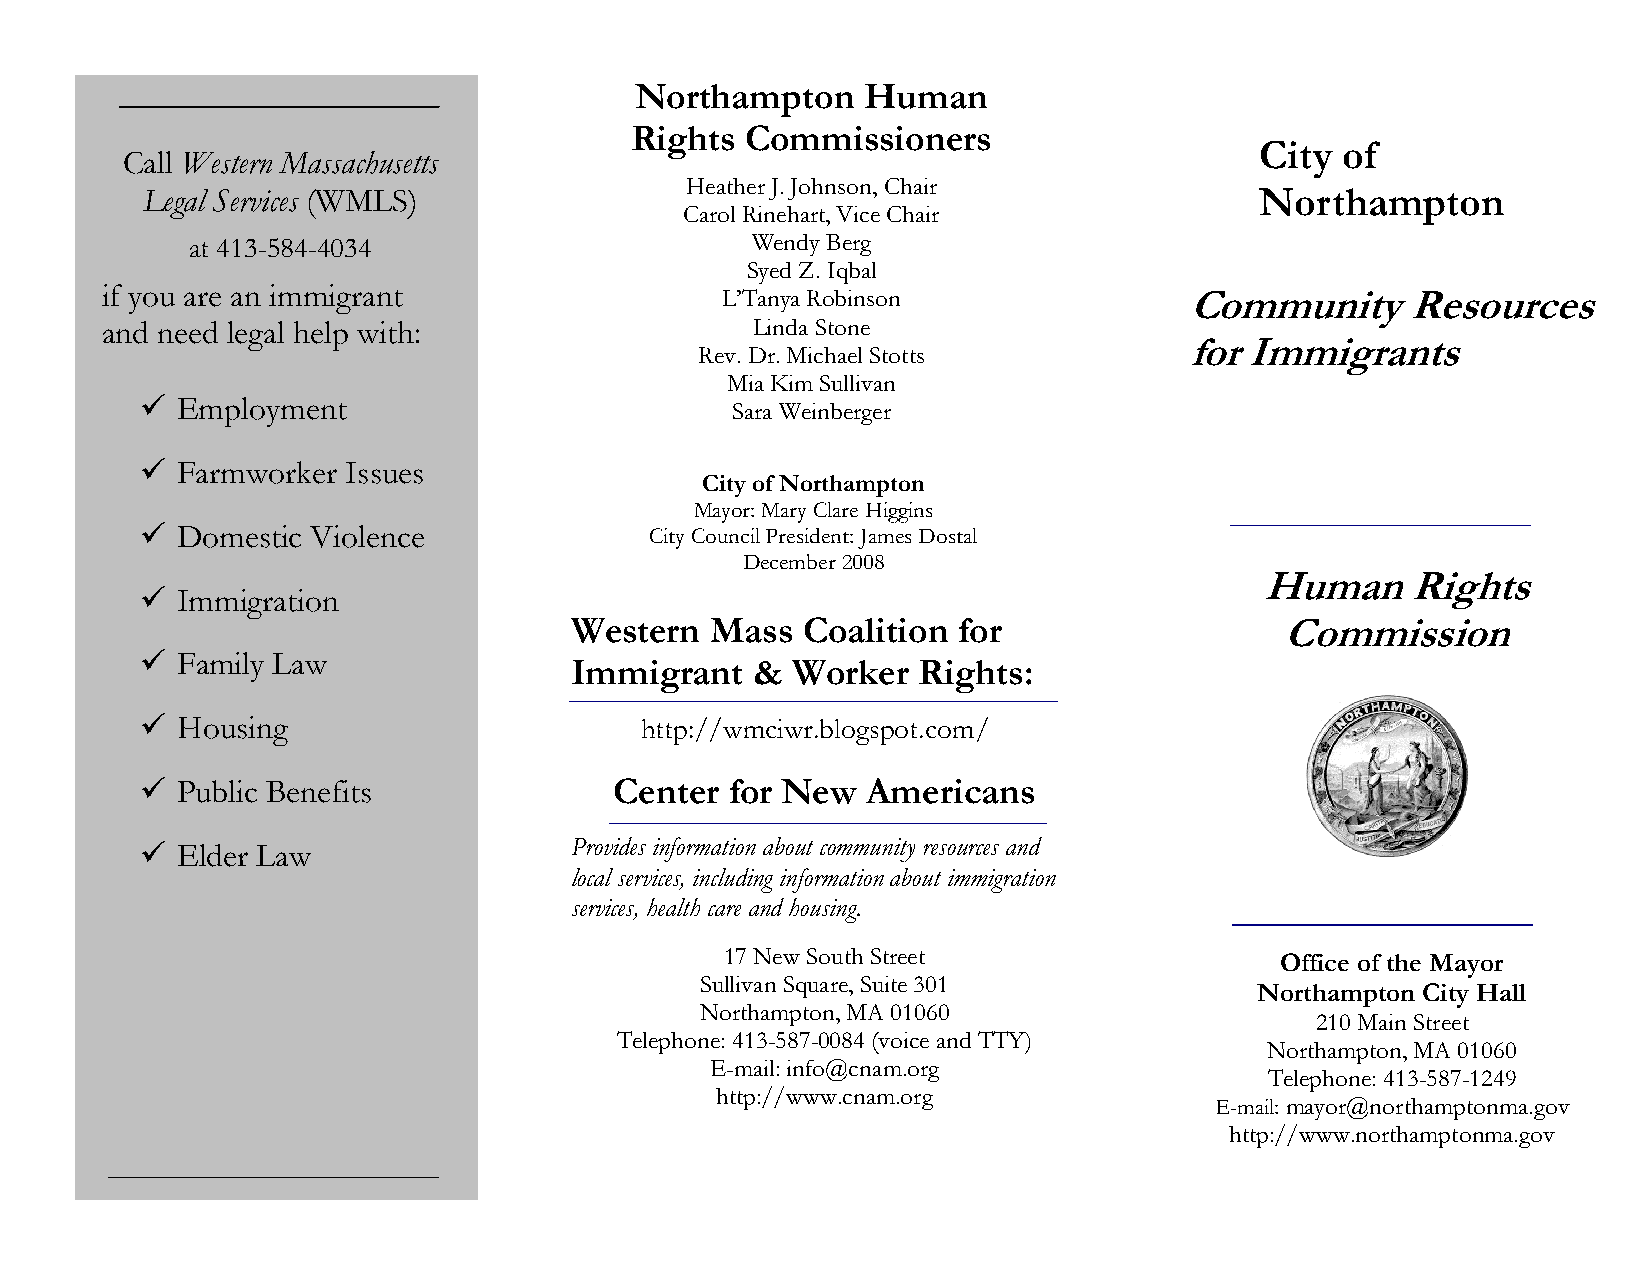
Northampton    Human
 Rights Commissioners
 City  of
 Call Western Massachusetts
 Heather J. Johnson, Chair
 Legal Services (WMLS)                                                     Northampton
 Carol Rinehart, Vice Chair
 at 413-584-4034                      Wendy Berg
 Syed Z. Iqbal
 i f you are an immigrant                 L’Tanya Robinson               Community     Resources
 and need legal help with:                  Linda Stone
 for Immigrants
 Rev. Dr. Michael Stotts
 Mia Kim Sullivan
   Employment                          Sara Weinberger
   Farmworker Issues
 City of Northampton
 Mayor: Mary Clare Higgins
   Domestic Violence              City Council President: James Dostal
 December 2008
 Human     Rights
   Immigration
 Western  Mass  Coalition for                   Commission
   Family Law
 Immigrant   & Worker   Rights:
   Housing                       http://wmciwr.blogspot.com/
   Public Benefits              Center for New  Americans
   Elder Law                 Provides information about community resources and
 local services, including information about immigration
 services, health care and housing.
 17 New South Street                  Office of the Mayor
 Sullivan Square, Suite 301
 Northampton City Hall
 Northampton, MA 01060
 210 Main Street
 Telephone: 413-587-0084 (voice and TTY)
 Northampton, MA 01060
 E-mail: info@cnam.org
 Telephone: 413-587-1249
 http://www.cnam.org
 E-mail: mayor@northamptonma.gov
 http://www.northamptonma.gov